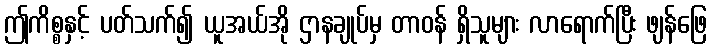
ဤကိစ္စနှင့် ပတ်သက်၍ ယူအယ်အို ဌာနချုပ်မှ တာဝန် ရှိသူများ လာရောက်ပြီး ဖျန်ဖြေ